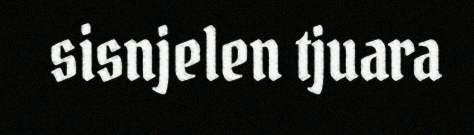
sisnjelen tjuara